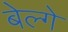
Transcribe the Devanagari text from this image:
बेल्गे